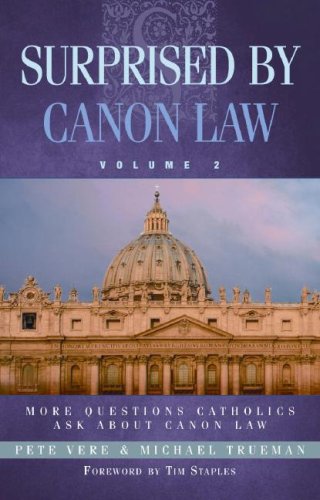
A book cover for Surprised by Canon Law, Volume 2: More Questions Catholics Ask About Canon Law; Pete Vere; Christian Books & Bibles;